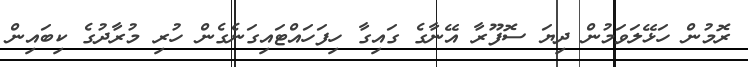
ރޮމުން ހަޅޭލަވަމުން ދިޔަ ސޮފޫރާ އޭނާގެ ގައިގާ ހިފަހައްޓައިގަނެގެން ހުރި މުރާދުގެ ކިބައިން